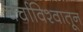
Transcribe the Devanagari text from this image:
चर्चाविश्वातून